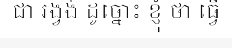
ជា រង្វង់ ដូច្នោះ ខ្ញុំ ថា ធ្វើ